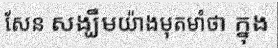
សែន សង្ឃឹមយ៉ាងមុតមាំថា ក្នុង